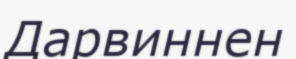
Дарвиннен